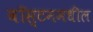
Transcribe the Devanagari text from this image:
बॉस्टनमधील